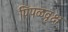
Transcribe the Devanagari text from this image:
पिंपळवृक्ष